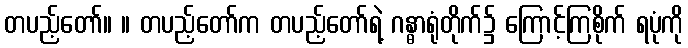
တပည့်တော်။ ။ တပည့်တော်က တပည့်တော်ရဲ့ ဂန္ဓာရုံတိုက်၌ ကြောင့်ကြစိုက် ရပုံကို